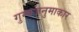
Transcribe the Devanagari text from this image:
गुम्बजनुमाकार